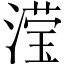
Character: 滢